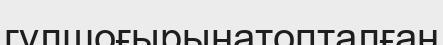
гүлшоғырынатопталған